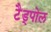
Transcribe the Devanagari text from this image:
टैड्पोल